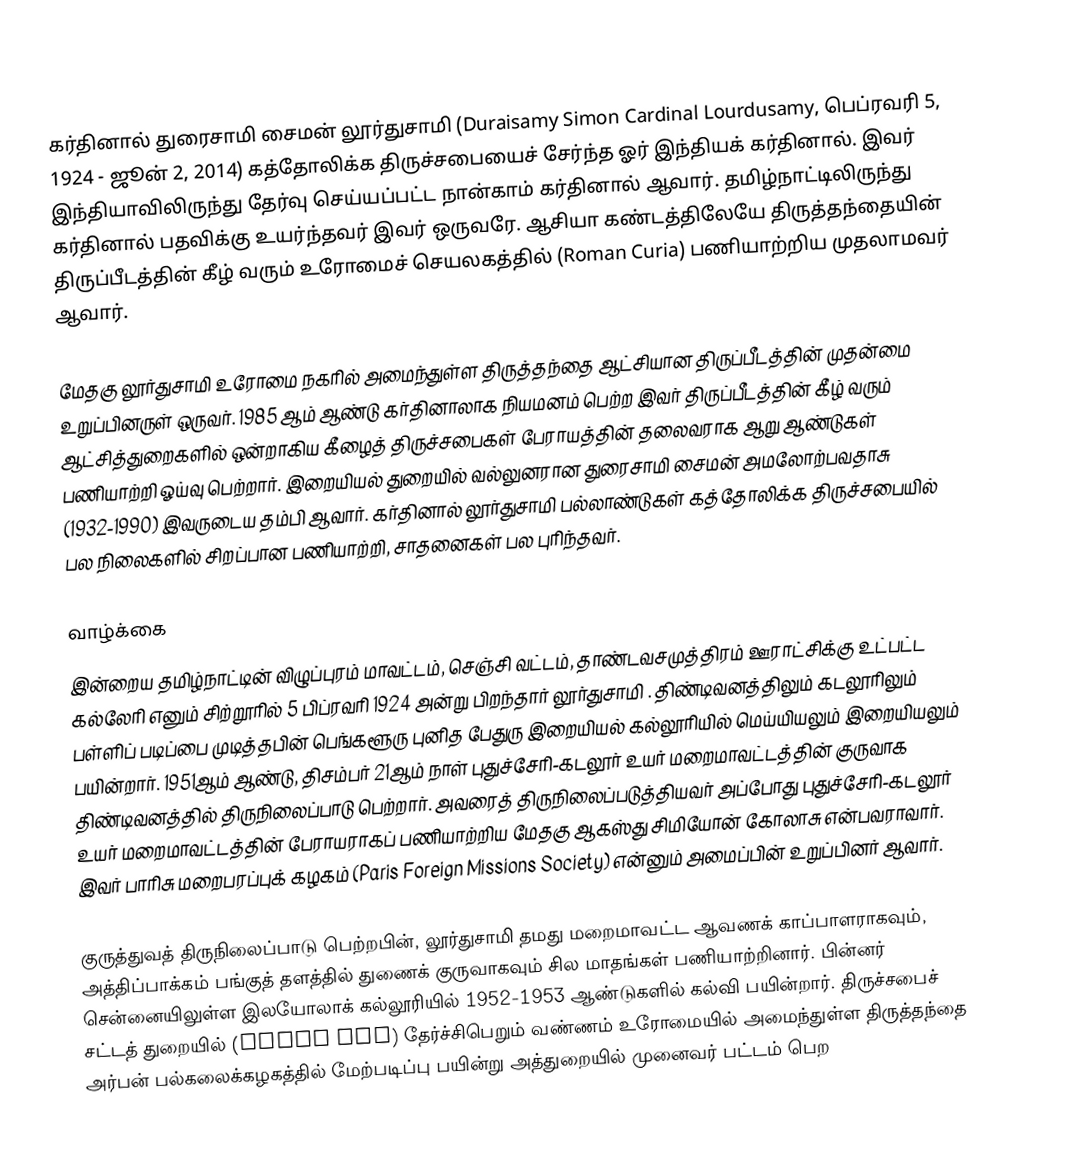
கர்தினால் துரைசாமி சைமன் லூர்துசாமி (Duraisamy Simon Cardinal Lourdusamy, பெப்ரவரி 5, 1924 - ஜூன் 2, 2014) கத்தோலிக்க திருச்சபையைச் சேர்ந்த ஓர் இந்தியக் கர்தினால். இவர் இந்தியாவிலிருந்து தேர்வு செய்யப்பட்ட நான்காம் கர்தினால் ஆவார். தமிழ்நாட்டிலிருந்து கர்தினால் பதவிக்கு உயர்ந்தவர் இவர் ஒருவரே. ஆசியா கண்டத்திலேயே திருத்தந்தையின் திருப்பீடத்தின் கீழ் வரும் உரோமைச் செயலகத்தில் (Roman Curia) பணியாற்றிய முதலாமவர் ஆவார்.

மேதகு லூர்துசாமி உரோமை நகரில் அமைந்துள்ள திருத்தந்தை ஆட்சியான திருப்பீடத்தின் முதன்மை உறுப்பினருள் ஒருவர். 1985 ஆம் ஆண்டு கர்தினாலாக நியமனம் பெற்ற இவர் திருப்பீடத்தின் கீழ் வரும் ஆட்சித்துறைகளில் ஒன்றாகிய கீழைத் திருச்சபைகள் பேராயத்தின் தலைவராக ஆறு ஆண்டுகள் பணியாற்றி ஓய்வு பெற்றார். இறையியல் துறையில் வல்லுனரான துரைசாமி சைமன் அமலோற்பவதாசு (1932-1990) இவருடைய தம்பி ஆவார். கர்தினால் லூர்துசாமி பல்லாண்டுகள் கத்தோலிக்க திருச்சபையில் பல நிலைகளில் சிறப்பான பணியாற்றி, சாதனைகள் பல புரிந்தவர்.

வாழ்க்கை
இன்றைய தமிழ்நாட்டின் விழுப்புரம் மாவட்டம், செஞ்சி வட்டம், தாண்டவசமுத்திரம் ஊராட்சிக்கு உட்பட்ட கல்லேரி எனும் சிற்றூரில்    5 பிப்ரவரி 1924 அன்று பிறந்தார் லூர்துசாமி . திண்டிவனத்திலும் கடலூரிலும் பள்ளிப் படிப்பை முடித்தபின் பெங்களூரு புனித பேதுரு இறையியல் கல்லூரியில் மெய்யியலும் இறையியலும் பயின்றார். 1951ஆம் ஆண்டு, திசம்பர் 21ஆம் நாள் புதுச்சேரி-கடலூர் உயர் மறைமாவட்டத்தின் குருவாக திண்டிவனத்தில் திருநிலைப்பாடு பெற்றார். அவரைத் திருநிலைப்படுத்தியவர் அப்போது புதுச்சேரி-கடலூர் உயர் மறைமாவட்டத்தின் பேராயராகப் பணியாற்றிய மேதகு ஆகஸ்து சிமியோன் கோலாசு என்பவராவார். இவர் பாரிசு மறைபரப்புக் கழகம் (Paris Foreign Missions Society) என்னும் அமைப்பின் உறுப்பினர் ஆவார்.

குருத்துவத் திருநிலைப்பாடு பெற்றபின், லூர்துசாமி தமது மறைமாவட்ட ஆவணக் காப்பாளராகவும், அத்திப்பாக்கம் பங்குத் தளத்தில் துணைக் குருவாகவும் சில மாதங்கள் பணியாற்றினார். பின்னர் சென்னையிலுள்ள இலயோலாக் கல்லூரியில் 1952-1953 ஆண்டுகளில் கல்வி பயின்றார். திருச்சபைச் சட்டத் துறையில் (Canon Law) தேர்ச்சிபெறும் வண்ணம் உரோமையில் அமைந்துள்ள  திருத்தந்தை அர்பன் பல்கலைக்கழகத்தில் மேற்படிப்பு பயின்று அத்துறையில் முனைவர் பட்டம் பெற